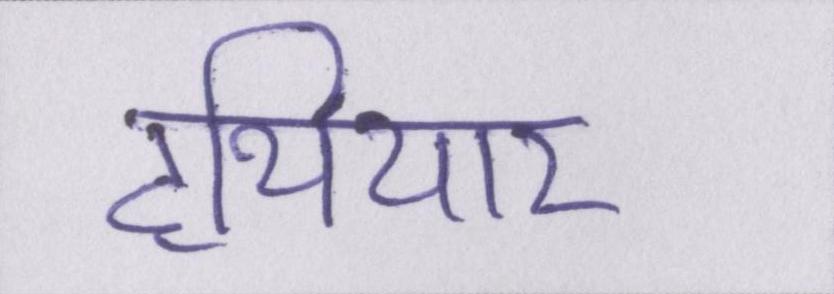
हथियार